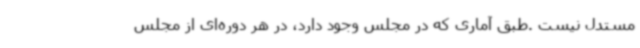
مستدل نیست .طبق آماری که در مجلس وجود دارد، در هر دوره‌ای از مجلس